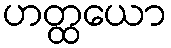
ဟတ္ထယော